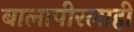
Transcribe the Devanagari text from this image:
बालापीरलाही